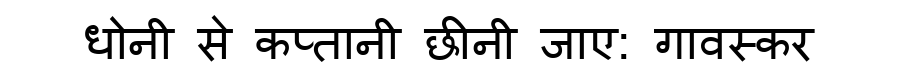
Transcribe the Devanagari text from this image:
धोनी से कप्तानी छीनी जाए: गावस्कर